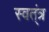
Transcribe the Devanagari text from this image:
स्वत्ंत्र